Vital statistics of India. Vol. V, Reports of 1876 on armies & jails and on epidemic cholera
Year: 1876
Disease focus: Cholera
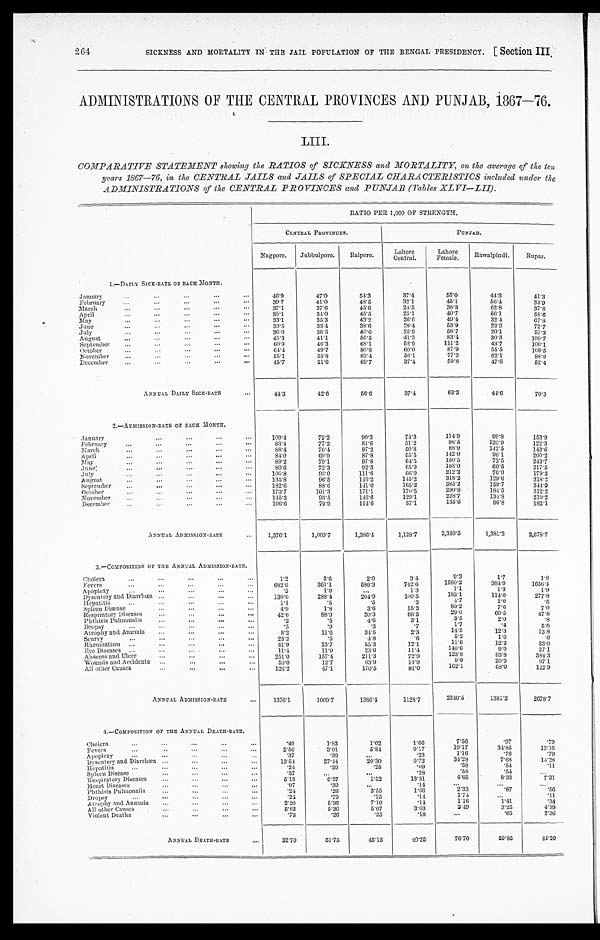
264
SICKNESS AND MORTALITY IN THE JAIL POPULATION OF THE BENGAL PRESIDENCY. [Section I I I .
ADMINISTRATIONS OF THE CENTRAL PROVINCES AND PUNJAB, 1867—76.
LIII.
COMPARATIVE STATEMENT showing the RATIOS of SICKNESS and MORTALITY, on the average of the ten
years 1867—76, in the CENTRAL JAILS and JAILS of SPECIAL CHARACTERISTICS included under the
ADMINISTRATIONS of the CENTRAL PROVINCES and PUNJAB (Tables XLVI—LII).
RATIO PER 1,000 OF STRENGTH.
CENTRAL PROVI NCES.
P U N J A B .
Nagpore.
Jubbulpore.
Raipore.
Lahore
Central.
Lahore
Female.
Rawalpindi.
Rupar.
1.—DAILY SICK-RATE OF EACH MONTH.
January
46.9
47.0
54.3
37.4
56.0
44.3
41.3
February
3 9 . 7
41.0
48.5
32.1
45.1
56.4
34.9
March
37.1
37.6
45.6
24.5
38.8
62.8
3 7 . 8
April
35.1
34.0
45.5
25.1
40.7
56.1
58.6
May
33.1
35.3
43.2
26.6
49.4
32.4
67.8
June
3 3 . 5
33.4
38.6
2 8 . 4
53.9
22.3
72.7
July
36.0
36.5
40.6
25.9
58.7
20.1
57.3
August
45.3
41.1
56.5
41.3
83.4
30.3
100.7
September
6 0 . 9
46.3
68.1
52.9
111.2
43.7
106.1
October
64.4
49.7
80.8
60.0
87.9
55.5
109.5
November
55.1
55.8
8 3 . 4
56.1
77.2
62.1
88.8
December
45.7
51.6
69.7
37.4
59.8
4 7 . 6
52.4
ANNUAL DAILY SICK-RATE
44.3
42.6
56.6
37.4
63.3
44.6
70.3
2.—ADMISSION-RATE OF EACH MONTH.
January
109.4
79.2
90.3
74.3
114.9
99.8
153.9
February
83.4
77.2
81.6
51.2
96.5
120.9
122.3
March
88.4
76.4
97.2
5 0 . 8
88.9
142.5
143.6
April
84.0
69.9
87.8
55.5
142.0
96.1
200.2
May
89.2
79.1
97.8
64.5
150.5
72.5
243.7
June
80.6
72.3
92.3
65.9
188.0
60.5
217.5
July
100.8
93.0
111.6
66.9
212.2
76.9
179.3
August
135.8
96.5
146.2
145.2
318.2
129.6
3 1 8 . 2
September
1 8 2 . 6
88.6
141.0
165.2
385.2
159.7
3 4 4 . 9
October
173.7
101.3
171.1
170.5
290.6
184.5
3 1 2 . 2
November
145.2
93.5
146.6
129.1
228.7
134.8
219.2
December
106.6
79.9
114.6
87.1
135.6
96.8
182.1
ANNUAL ADMISSION-RATE
1,376.1
1,009.7
1,386.4
1,128.7
2,340.5
1,381.2
2,678.7
3.—COMPOSITION OF THE ANNUAL ADMISSION-RATE.
Cholera
1.2
2 . 6
2.0
3 . 4
9.3
1.7
1 . 8
Fevers
6 8 2 . 6
361.1
586.3
7 4 2 . 6
1560.2
984.9
1656.4
Apoplexy
.5
1.0
1.3
1.1
1.3
1.9
Dysentery and Diarrhœa
1 3 0 . 6
2 8 8 . 4
204.9
100.5
183.1
1 1 4 . 0
277.8
Hepatitis
1.1
.5
.5
.2
4 . 7
1.0
. 8
Spleen Disease
4.9
1.8
3.6
15.2
8 0 . 2
7 . 6
7.0
Respiratory Diseases
42.6
88.9
20.3
66.5
29.0
60.5
4 7 . 8
Phthisis Pulmonalis
.2
.5
4 . 6
3.1
3.5
2.0
. 8
Dropsy
.5
.9
.3
.7
1.7
.4
5.6
Atrophy and Anæmia
8.2
11.6
34.5
2.3
14.5
12.3
13.8
Scurvy
23.2
.5
4 . 8
.6
5.2
1.6
.6
Rheumatism
41.9
23.7
55.3
12.1
11.6
12.2
33.0
Eye Diseases
11.4
11.0
23.6
11.4
140.6
9.0
27.1
Abscess and Ulcer
251.0
1 5 7 . 4
211.3
72.9
123.8
83.8
3 8 4 . 3
Wounds and Accidents
50.0
12.7
63.9
14.9
9.9
20.9
97.1
All other Causes
126.2
47.1
170.5
81.0
162.1
68.0
122.9
ANNUAL ADMISSION-RATE
1376.1
1009.7
1386.4
1128.7
2340.5
1381.2
2678.7
4.—COMPOSITION OF THE ANNUAL DEATH-RATE.
Cholera
.49
1.83
1.02
1.66
7.56
.97
.79
Fevers
2.56
3.01
5.84
9.17
19.17
34.85
13.16
Apoplexy
.37
.39
.23
1. 16
.76
.79
Dysentery and Diarrhœa
13.54
27.44
20.30
9.72
34.28
7. 68
14.28
Hepatitis
.24
. 3 9
. 2 5
. 0 9
.58
.54
.11
Spleen Disease
.37
. 2 8
.58
. 54
Respiratory Diseases
5.13
6.27
1.52
13.31
4.65
8.33
7.31
Heart Diseases
.97
.39
. 1 4
Phthisis Pulmonalis
.24
. 2 6
3.55
1. 66
2.33
.87
. 5 6
Dropsy
. 2 4
.79
. 2 5
.14
1.74
.11
Atrophy and Anæmia
2.20
5.36
7.10
.14
1. 16
1.41
.34
All other Causes
5.62
5.36
5.07
3.63
3.49
3.25
4.39
Violent Deaths
.73
.26
. 2 5
.18
.65
2.36
ANNUAL DEATH-RATE
32.70
51. 75
40.15
49.35
76.70
59.85
44.20